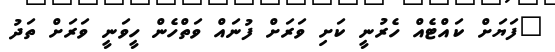
"ފަޔަށް ކައްޓެއް ހެރުނީ ކަށި ވަރަށް ފުނައް ވަތްހެން ހީވަނީ ވަރަށް ތަދު